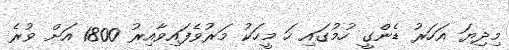
މިދިޔަ އަހަރު ޑެންގީ ހުމުގައި ހަ މީހަކު މަރުވެފައިވާއިރު 1800 އަށް ވުރެ